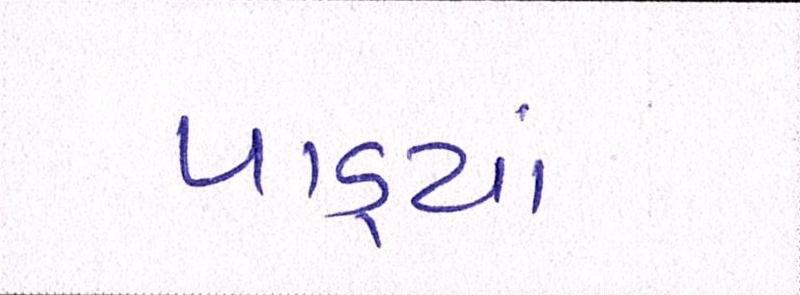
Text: પાડ્યાં